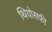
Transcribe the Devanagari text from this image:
थियोसफ़ी